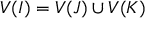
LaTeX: V ( I ) = V ( J ) \cup V ( K )